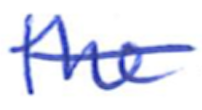
Text: the
Cross-out: mix
Writing tool: ballpoint